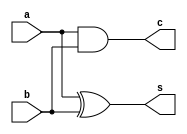
module h_a(
   input a,b,
  output s,c);
  assign s= a^b;
  assign c= a&&b;
endmodule